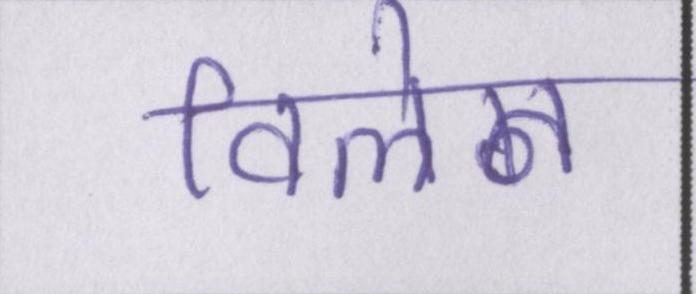
विलेन